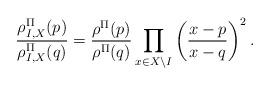
LaTeX: \begin{align*}\frac{\rho^{\Pi}_{I,X}(p)}{\rho^{\Pi}_{I,X}(q)}=\frac{\rho^{\Pi}(p)}{\rho^{\Pi}(q)}\prod\limits_{x\in X\setminus I} \left(\frac{x-p}{x-q}\right)^2.\end{align*}